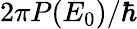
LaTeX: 2\pi P(E_{0})/\hbar